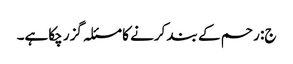
ج: رحم کے بند کرنے کا مسئلہ گزر چکاہے۔